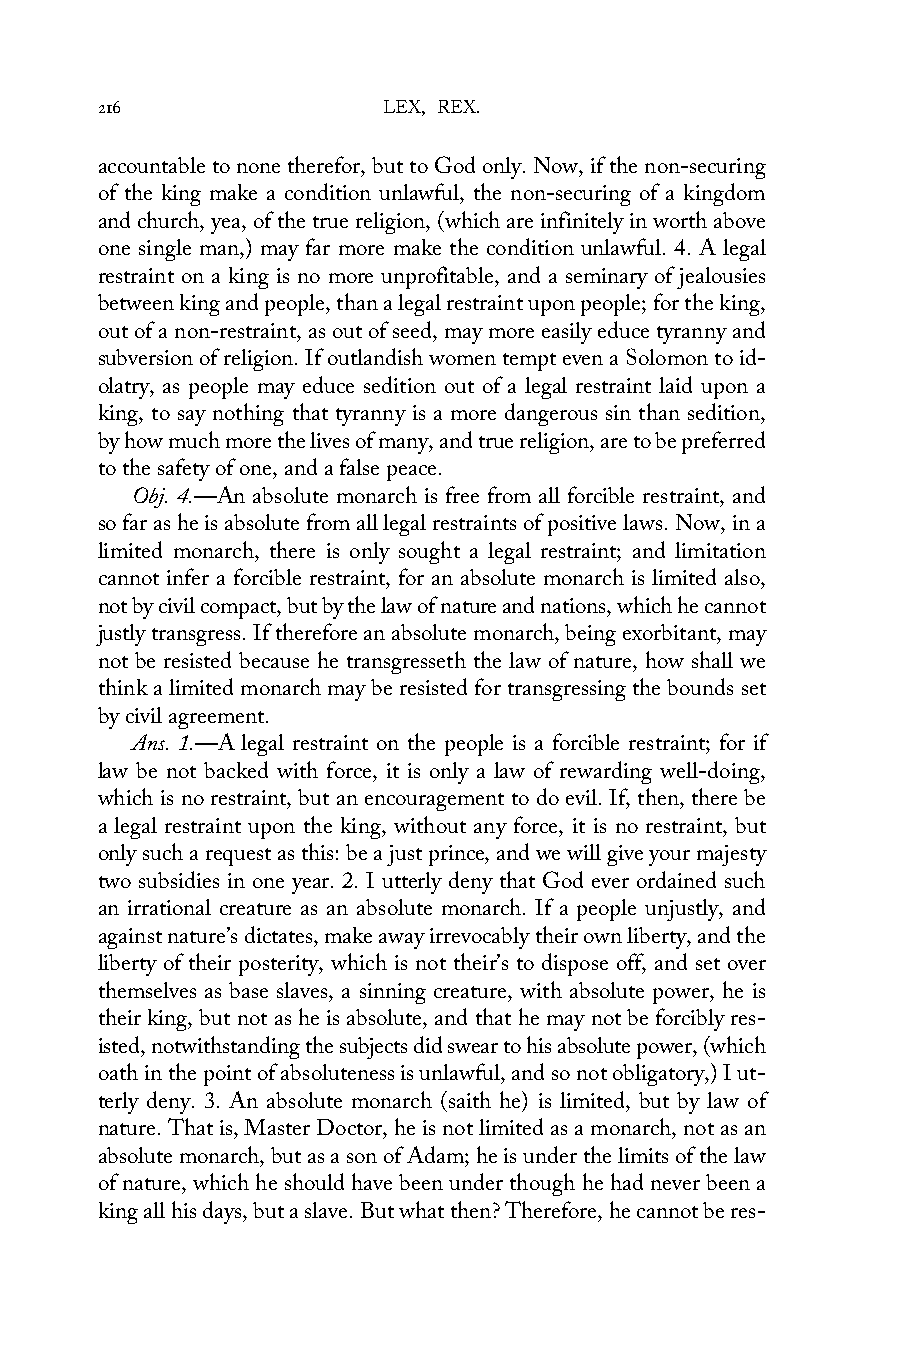
216                LEX, REX.
 accountable to none therefor, but to God only. Now, if the non-securing
 of the king make a condition unlawful, the non-securing of a kingdom
 and church, yea, of the true religion, (which are infinitely in worth above
 one single man,) may far more make the condition unlawful. 4. A legal
 restraint on a king is no more unprofitable, and a seminary of jealousies
 between king and people, than a legal restraint upon people; for the king,
 out of a non-restraint, as out of seed, may more easily educe tyranny and
 subversion of religion. If outlandish women tempt even a Solomon to id-
 olatry, as people may educe sedition out of a legal restraint laid upon a
 king, to say nothing that tyranny is a more dangerous sin than sedition,
 by how much more the lives of many, and true religion, are to be preferred
 to the safety of one, and a false peace.
 Obj. 4.—An absolute monarch is free from all forcible restraint, and
 so far as he is absolute from all legal restraints of positive laws. Now, in a
 limited monarch, there is only sought a legal restraint; and limitation
 cannot infer a forcible restraint, for an absolute monarch is limited also,
 not by civil compact, but by the law of nature and nations, which he cannot
 justly transgress. If therefore an absolute monarch, being exorbitant, may
 not be resisted because he transgresseth the law of nature, how shall we
 think a limited monarch may be resisted for transgressing the bounds set
 by civil agreement.
 Ans. 1.—A legal restraint on the people is a forcible restraint; for if
 law be not backed with force, it is only a law of rewarding well-doing,
 which is no restraint, but an encouragement to do evil. If, then, there be
 a legal restraint upon the king, without any force, it is no restraint, but
 only such a request as this: be a just prince, and we will give your majesty
 two subsidies in one year. 2. I utterly deny that God ever ordained such
 an irrational creature as an absolute monarch. If a people unjustly, and
 against nature’s dictates, make away irrevocably their own liberty, and the
 liberty of their posterity, which is not their’s to dispose off, and set over
 themselves as base slaves, a sinning creature, with absolute power, he is
 their king, but not as he is absolute, and that he may not be forcibly res-
 isted, notwithstanding the subjects did swear to his absolute power, (which
 oath in the point of absoluteness is unlawful, and so not obligatory,) I ut-
 terly deny. 3. An absolute monarch (saith he) is limited, but by law of
 nature. That is, Master Doctor, he is not limited as a monarch, not as an
 absolute monarch, but as a son of Adam; he is under the limits of the law
 of nature, which he should have been under though he had never been a
 king all his days, but a slave. But what then? Therefore, he cannot be res-